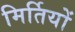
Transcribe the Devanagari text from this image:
मिर्तियों